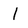
Character: l